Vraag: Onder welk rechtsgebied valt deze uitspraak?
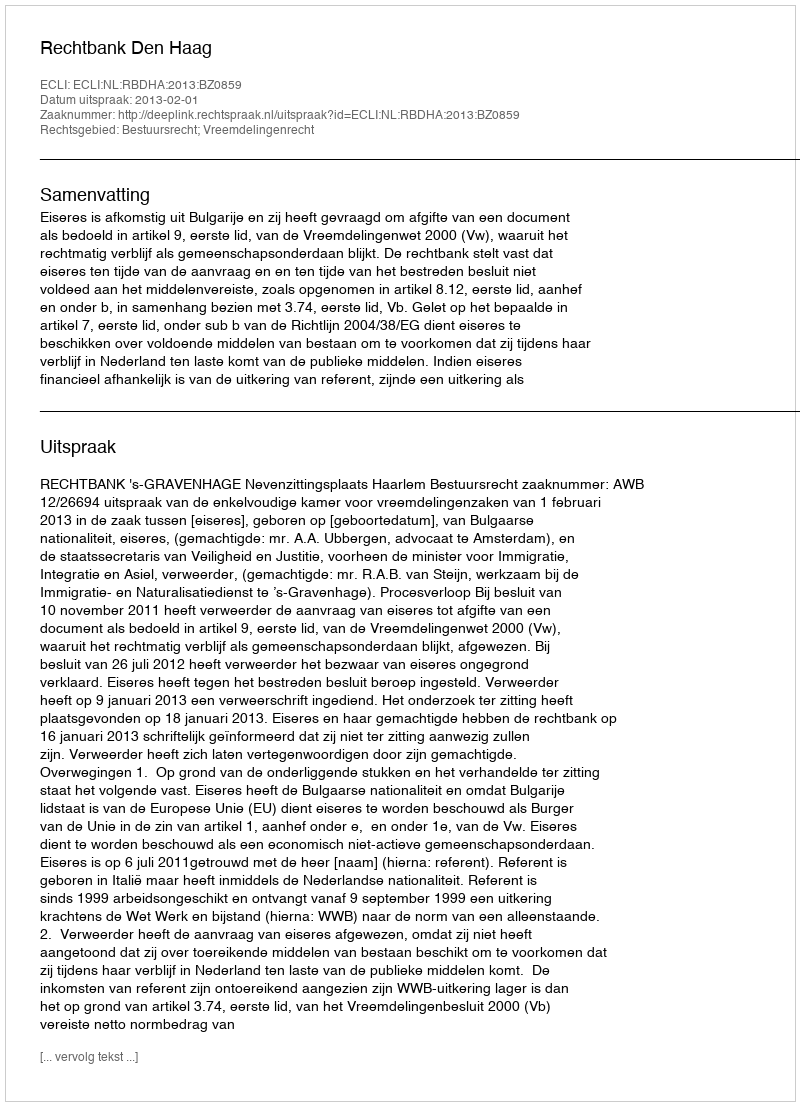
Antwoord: Bestuursrecht; Vreemdelingenrecht